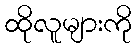
ထိုလူများကို